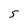
Character: S